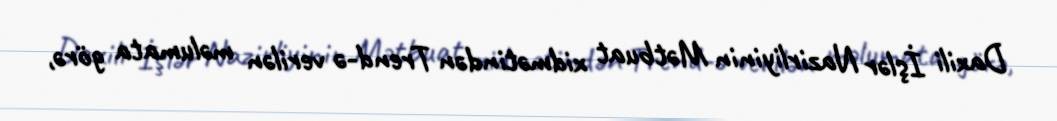
Daxili İşlər Nazirliyinin Mətbuat xidmətindən Trend-ə verilən məlumata görə,